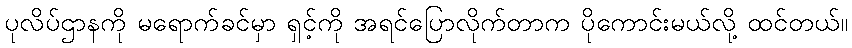
ပုလိပ်ဌာနကို မရောက်ခင်မှာ ရှင့်ကို အရင်ပြောလိုက်တာက ပိုကောင်းမယ်လို့ ထင်တယ်။